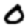
Digit: 0